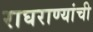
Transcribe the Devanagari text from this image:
राघराण्यांची